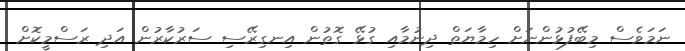
ނަމަވެސް މިބޭފުޅުންނަށް ހިމާޔަތް ދިނުމާއި ގުޅޭ ގޮތުން އިނގިރޭސި ސަރުކާރުން އަދި ރަސްމީކޮށް